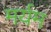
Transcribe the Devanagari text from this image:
मर्यम